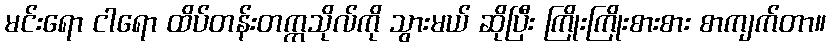
မင်းရော ငါရော ထိပ်တန်းတက္ကသိုလ်ကို သွားမယ် ဆိုပြီး ကြိုးကြိုးစားစား စာကျက်တာ။